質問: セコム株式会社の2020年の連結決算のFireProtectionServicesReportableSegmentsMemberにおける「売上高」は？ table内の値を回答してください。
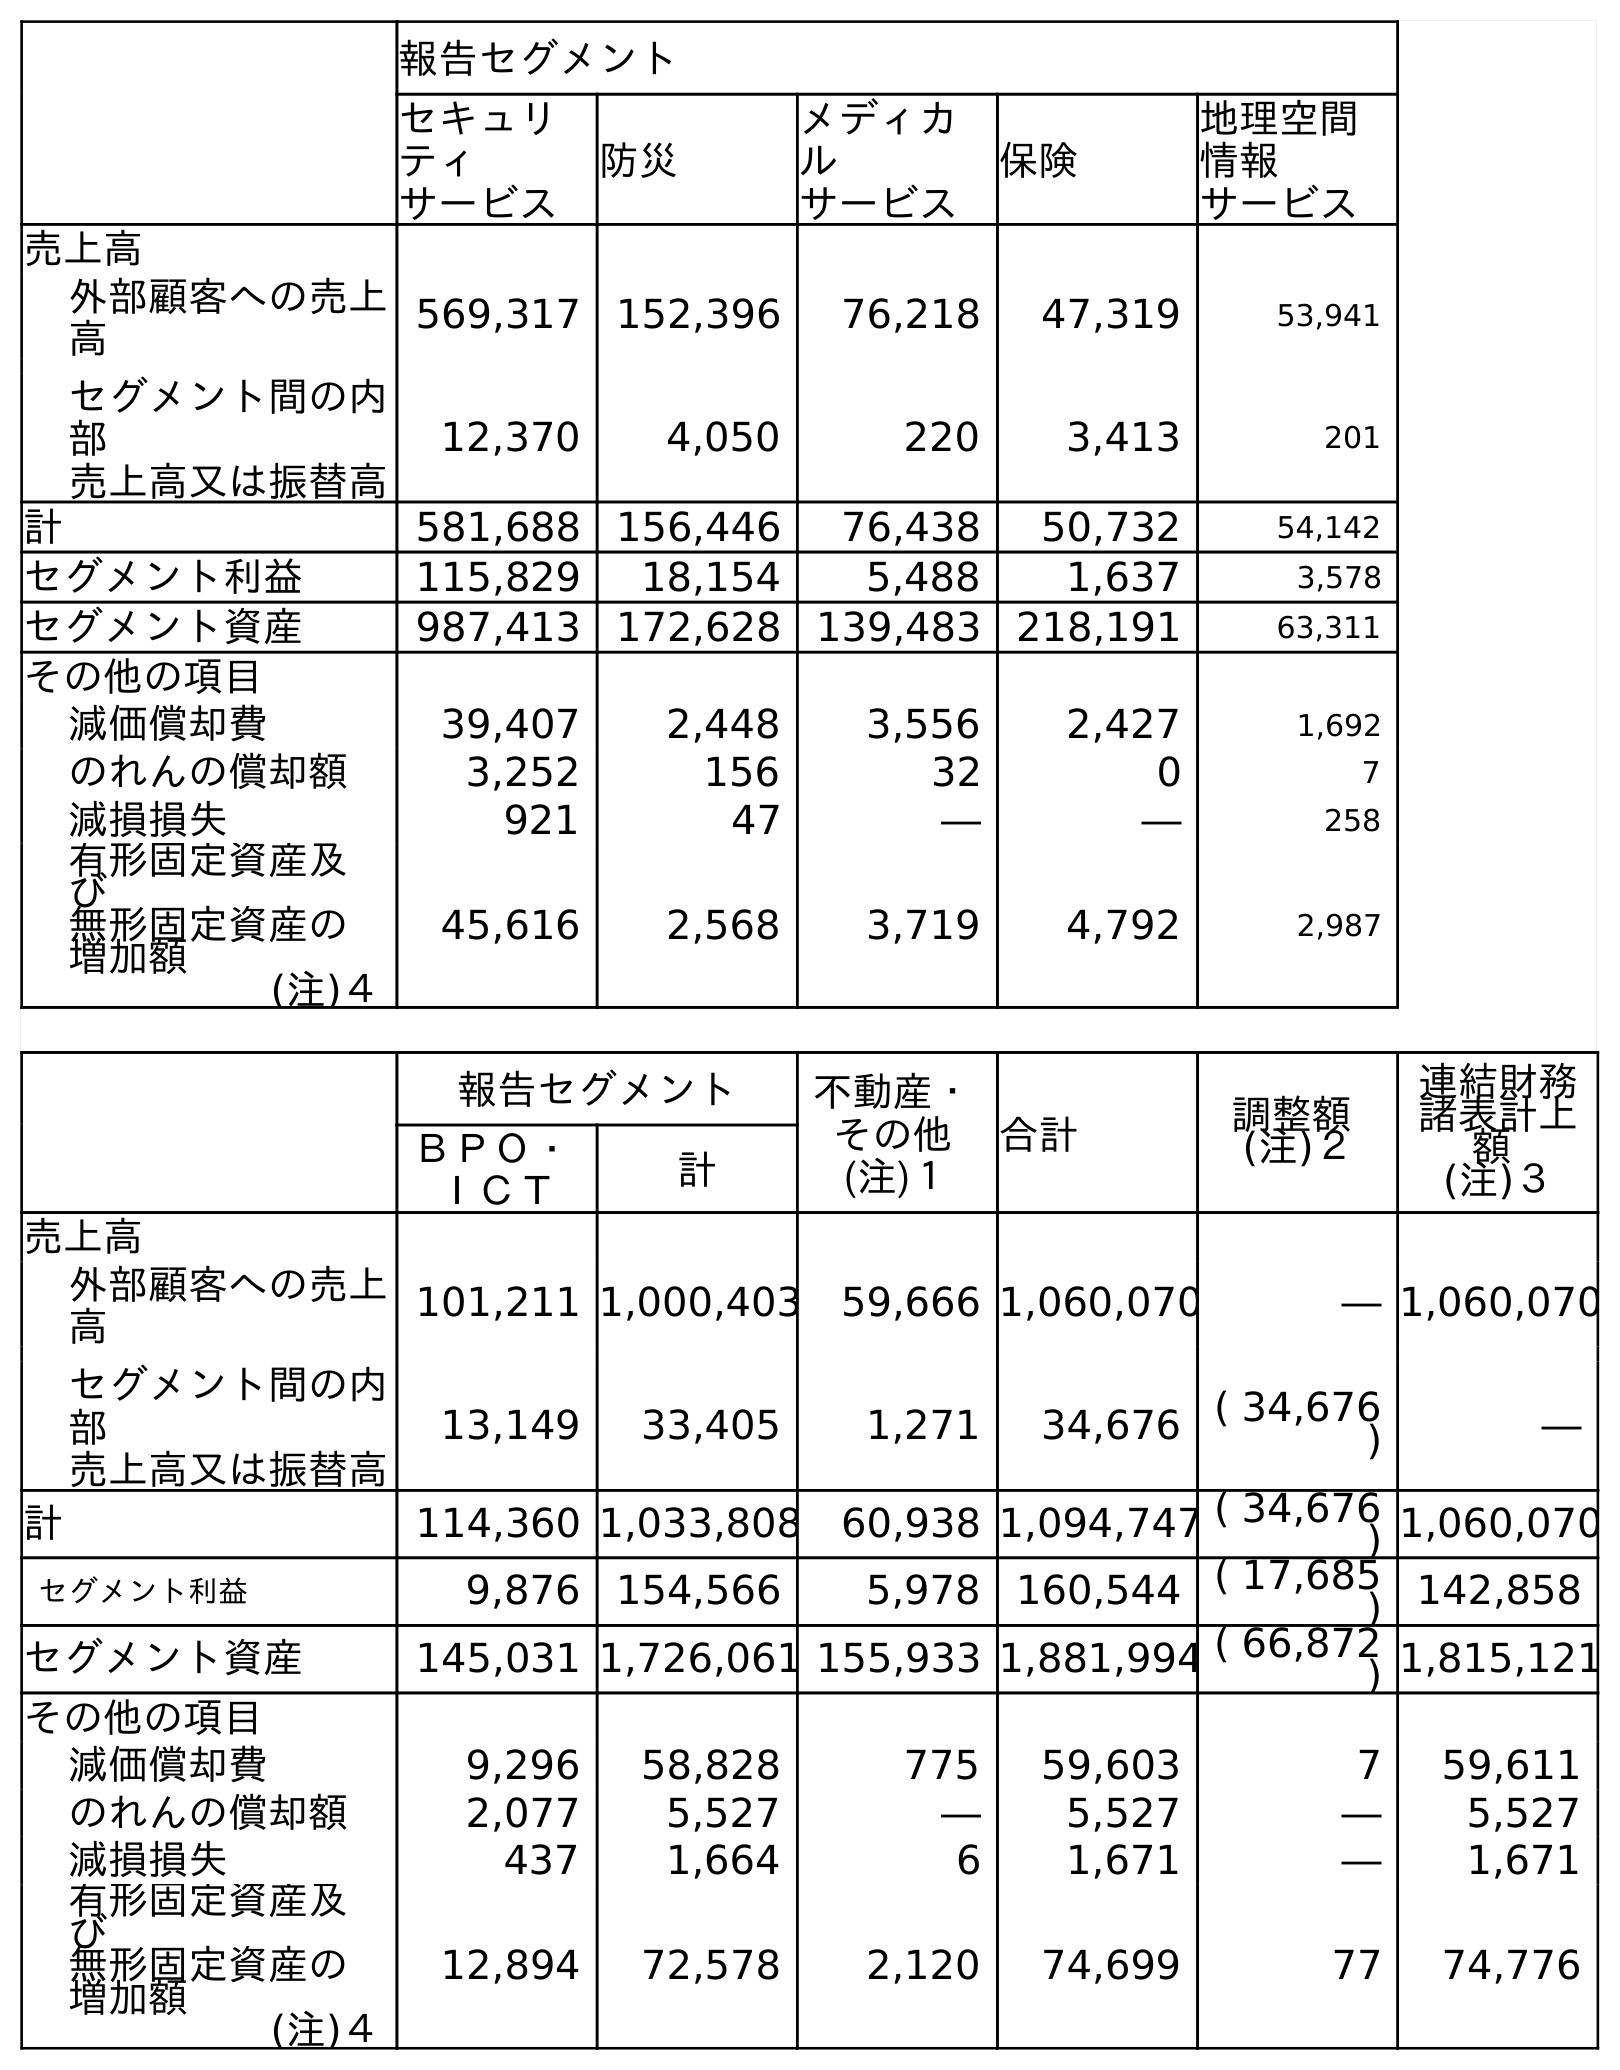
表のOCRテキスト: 報告セグメント セキュリ ティ サービス 防災 メディカ ル サービス 保険 地理空間 情報 サービス 売上高 外部顧客への売上 高 569,317 152,396 76,218 47,319 53,941 セグメント間の内 部 売上高又は振替高 12,370 4,050 220 3,413 201 計 581,688 156,446 76,438 50,732 54,142 セグメント利益 115,829 18,154 5,488 1,637 3,578 セグメント資産 987,413 172,628 139,483 218,191 63,311 その他の項目 減価償却費 39,407 2,448 3,556 2,427 1,692 のれんの償却額 3,252 156 32 0 7 減損損失 921 47 ― ― 258 有形固定資産及 び 無形固定資産の 増加額 (注)４ 45,616 2,568 3,719 4,792 2,987 報告セグメント 不動産・ その他 (注)１ 合計 調整額 (注)２ 連結財務 諸表計上 額 (注)３ ＢＰＯ・ ＩＣＴ 計 売上高 外部顧客への売上 高 101,211 1,000,403 59,666 1,060,070 ― 1,060,070 セグメント間の内 部 売上高又は振替高 13,149 33,405 1,271 34,676 ( 34,676 ) ― 計 114,360 1,033,808 60,938 1,094,747 ( 34,676 ) 1,060,070 セグメント利益 9,876 154,566 5,978 160,544 ( 17,685 ) 142,858 セグメント資産 145,031 1,726,061 155,933 1,881,994 ( 66,872 ) 1,815,121 その他の項目 減価償却費 9,296 58,828 775 59,603 7 59,611 のれんの償却額 2,077 5,527 ― 5,527 ― 5,527 減損損失 437 1,664 6 1,671 ― 1,671 有形固定資産及 び 無形固定資産の 増加額 (注)４ 12,894 72,578 2,120 74,699 77 74,776
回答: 156,446